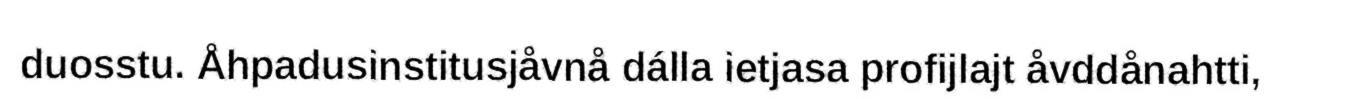
duosstu. Åhpadusinstitusjåvnå dálla ietjasa profijlajt åvddånahtti,